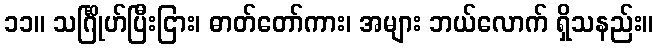
၁၁။ သင်္ဂြိုဟ်ပြီးငြား၊ ဓာတ်တော်ကား၊ အများ ဘယ်လောက် ရှိသနည်း။